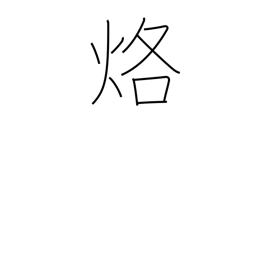
Meaning: burn